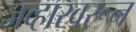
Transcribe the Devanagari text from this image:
जव्हारवरून